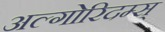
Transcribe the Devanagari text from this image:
अल्गोरिदम्स्